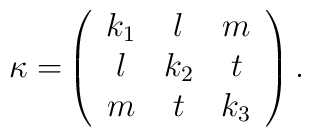
\mathrm{\kappa =}\left(\begin{array}{ccc}k_{1} & l & m \\l & k_{2} & t \\m & t & k_{3}\end{array}\right) .